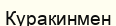
Куракинмен